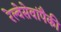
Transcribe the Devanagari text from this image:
रेल्वेसेवांपैकी